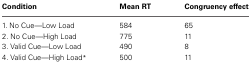
| Condition | Mean RT | Congruency effect |
 | --- | --- | --- |
 | 1. No Cue—Low Load | 584 | 65 |
 | 2. No Cue—High Load | 775 | 11 |
 | 3. Valid Cue—Low Load | 490 | 8 |
 | 4. Valid Cue—High Load* | 500 | 11 |